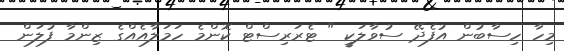
މިހާ ހިސާބުން އުފެދޭ ސުވާލަކީ " ޓެރަރިސްޓް ކޮންމެ ހަމަލާއެއްގެ ޒިންމާ ފުލަން